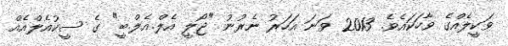
ވަކީލެއްގެ ވާހަކައެވެ. 2013 ވަނަ އަހަރު ނެރުނު "ޖޯލީ އެލް.އެލް.ބީ" ގެ ސީކުއެލްއެއް